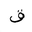
Letter: _qaf